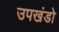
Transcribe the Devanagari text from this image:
उपखंडो